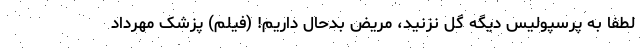
لطفا به پرسپولیس دیگه گل نزنید، مریض بدحال داریم! (فیلم) پزشک مهرداد